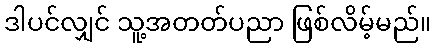
ဒါပင်လျှင် သူ့အတတ်ပညာ ဖြစ်လိမ့်မည်။